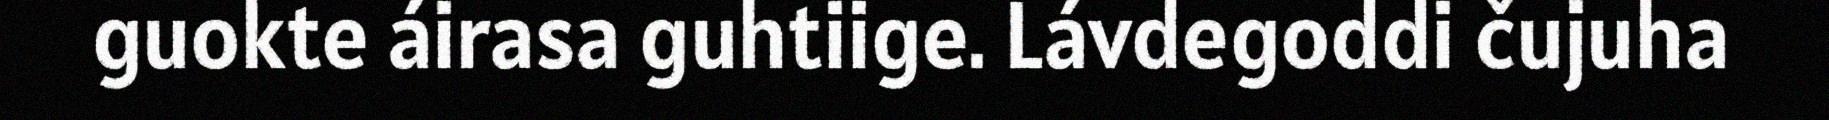
guokte áirasa guhtiige. Lávdegoddi čujuha